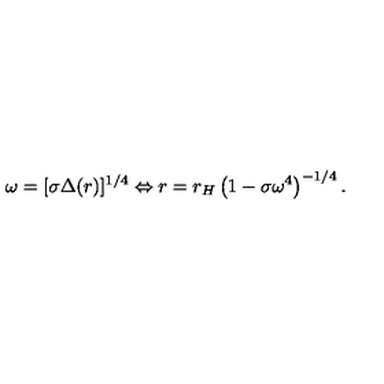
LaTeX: \omega = [ \sigma \Delta ( r ) ] ^ { 1 / 4 } \Leftrightarrow r = r _ { H } \left( 1 - \sigma \omega ^ { 4 } \right) ^ { - 1 / 4 } .